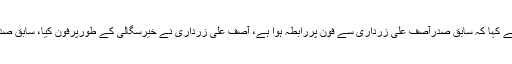
سابق گورنرسندھ ڈاکٹرعشرت العباد نے ایکسپریس نیوزسے گفتگو کرتے ہوئے کہا کہ سابق صدرآصف علی زرداری سے فون پررابطہ ہوا ہے، آصف علی زرداری نے خیرسگالی کے طورپرفون کیا، سابق صدرنے خیریت دریافت کی جب کہ سابق صدرسے کوئی سیاسی بات نہیں ہوئی۔